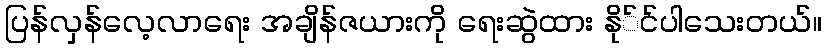
ပြန်လှန်လေ့လာရေး အချိန်ဇယားကို ရေးဆွဲထား နို်င်ပါသေးတယ်။